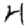
Digit: 4